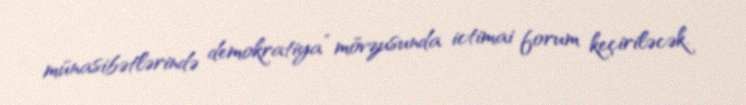
münasibətlərində demokratiya” mövzusunda ictimai forum keçiriləcək.